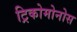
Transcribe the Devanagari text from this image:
ट्रिकोमोनोस